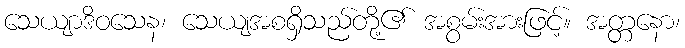
သေယျာဒိဝသေန၊ သေယျအစရှိသည်တို့၏ အစွမ်းအားဖြင့်။ အတ္တနော၊